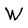
Character: W